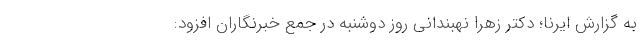
به گزارش ایرنا؛ دکتر زهرا نهبندانی روز دوشنبه در جمع خبرنگاران افزود: